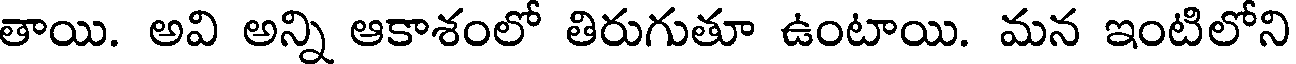
తాయి. అవి అన్ని ఆకాశంలో తిరుగుతూ ఉంటాయి. మన ఇంటిలోని